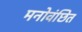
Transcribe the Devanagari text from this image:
मनोवंछित